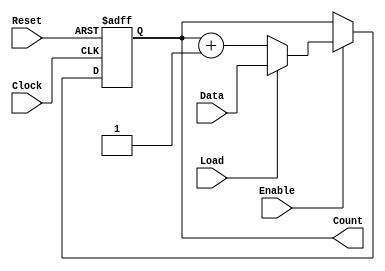
module Counter0(Count, Clock, Reset, Enable, Load, Data);
	
//declaring input and outputs
	input Clock, Reset, Enable, Load;
	input [0:7] Data;
	output reg [0:7] Count;

//functionality of the module
	always @(posedge Clock or negedge Reset)	//active high CLK and active low reset
		if (!Reset)				//if Reset is 0 
			Count <= 8'b00000000;		//Output is 0
		else if(Enable)				//If Enable is ON
			begin
			if(Load)			//If Load is ON
			Count <= Data;			//Data goes to output
		else
			Count <= Count + 1; 		//if Load is not on and Enable and Reset are on, increment Count
			end
endmodule